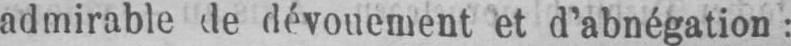
admirable de dévouement et d’abnégation: